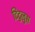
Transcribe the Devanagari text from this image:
टिटुलुस